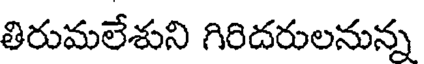
తిరుమలేశుని గిరిదరులనున్న